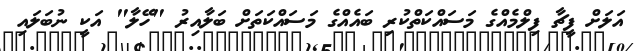
އަލަށް ފީޗާ ފިލްމެއްގެ މަސައްކަތްކުރި ބައެއްގެ މަސައްކަތަށް ބަލާއިރު "ހޭލާ" އަކީ ނުބަލައި